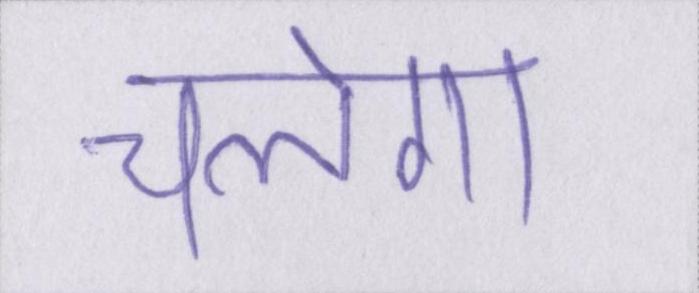
चलेगा